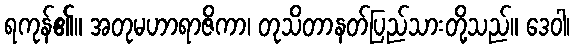
ရကုန်၏။ အတုမဟာရာဇိကာ၊ တုသိတာနတ်ပြည်သားတို့သည်။ ဒေဝါ၊